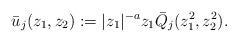
LaTeX: \begin{align*}\bar{u}_j(z_1, z_2) := |z_1|^{-a}z_1 \bar{Q}_j(z_1^2, z_2^2).\end{align*}